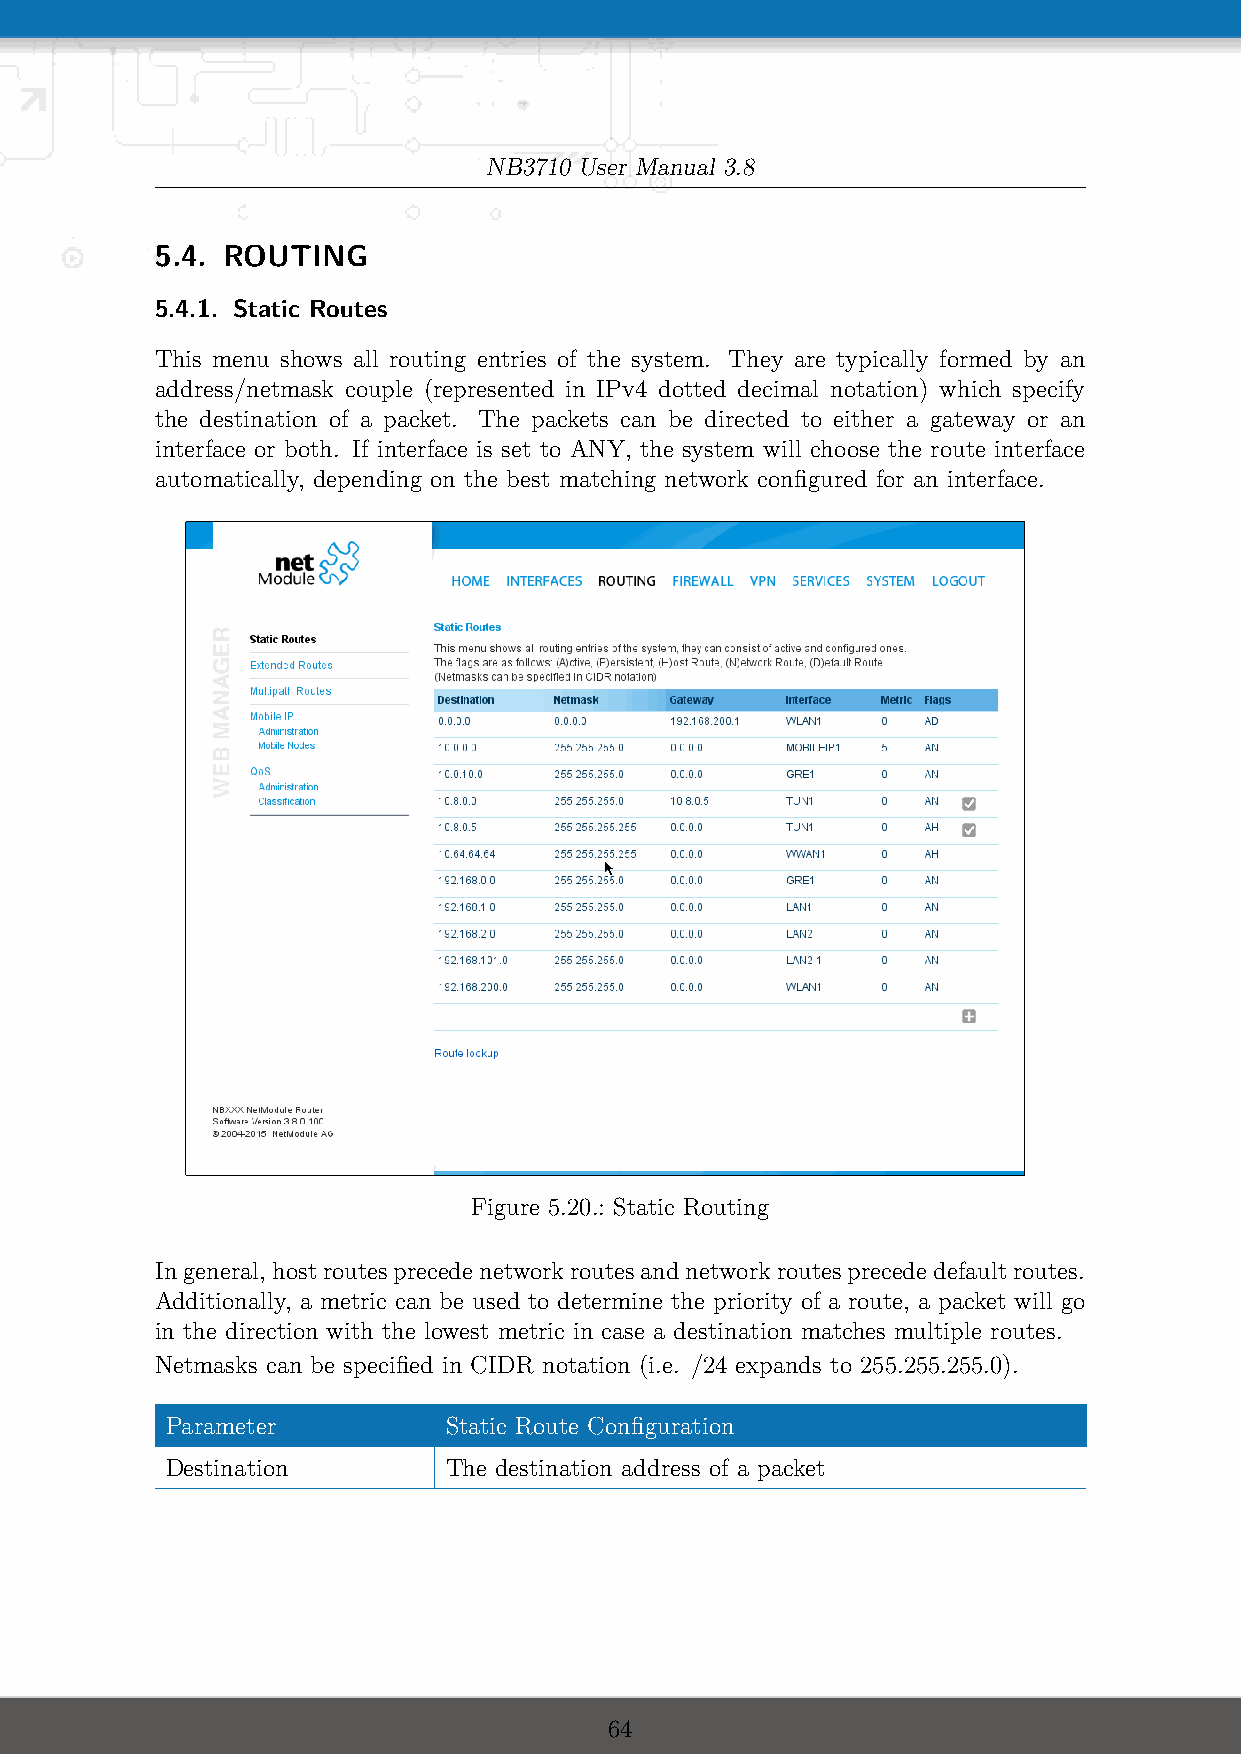
NB3710 User Manual 3.8
 5.4. ROUTING
 5.4.1. Static Routes
 This menu shows all routing entries of the system. They are typically formed by an
 address/netmask couple (represented in IPv4 dotted decimal notation) which specify
 the destination of a packet. The packets can be directed to either a gateway or an
 interface or both. If interface is set to ANY, the system will choose the route interface
 automatically, depending on the best matching network configured for an interface.
 Figure 5.20.: Static Routing
 Ingeneral, hostroutesprecedenetworkroutesandnetworkroutesprecededefaultroutes.
 Additionally, a metric can be used to determine the priority of a route, a packet will go
 in the direction with the lowest metric in case a destination matches multiple routes.
 Netmasks can be specified in CIDR notation (i.e. /24 expands to 255.255.255.0).
 Parameter         Static Route Configuration
 Destination       The destination address of a packet
 64